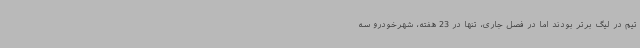
تیم در لیگ برتر بودند اما در فصل جاری، تنها در 23 هفته، شهرخودرو سه